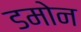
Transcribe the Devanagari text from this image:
डमोन